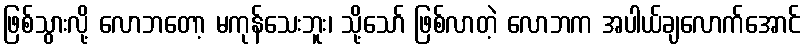
ဖြစ်သွားလို့ လောဘတော့ မကုန်သေးဘူး၊ သို့သော် ဖြစ်လာတဲ့ လောဘက အပါယ်ချလောက်အောင်